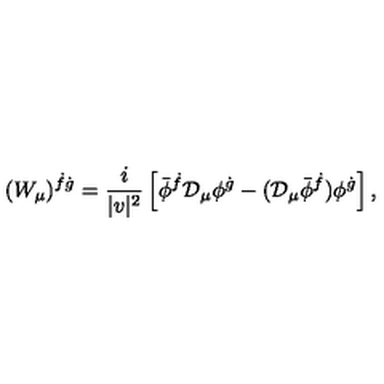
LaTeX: ( W _ { \mu } ) ^ { \dot { f } \dot { g } } = \frac { i } { | v | ^ { 2 } } \left[ \bar { \phi } ^ { \dot { f } } { \cal D } _ { \mu } \phi ^ { \dot { g } } - ( { \cal D } _ { \mu } \bar { \phi } ^ { \dot { f } } ) \phi ^ { \dot { g } } \right] ,